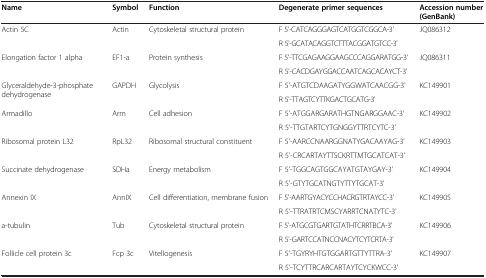
<table><thead><tr><td><b>Name</b></td><td><b>Symbol</b></td><td><b>Function</b></td><td><b>Degenerate primer sequences</b></td><td><b>Accession number (GenBank)</b></td></tr></thead><tbody><tr><td rowspan="2">Actin 5C</td><td rowspan="2">Actin</td><td rowspan="2">Cytoskeletal structural protein</td><td>F 5'-CATCAGGGAGTCATGGTCGGCA-3'</td><td rowspan="2">JQ086312</td></tr><tr><td>R 5'-GCATACAGGTCTTTACGGATGTCC-3'</td></tr><tr><td rowspan="2">Elongation factor 1 alpha</td><td rowspan="2">EF1-a</td><td rowspan="2">Protein synthesis</td><td>F 5'-TTCGAGAAGGAAGCCCAGGARATGG-3'</td><td rowspan="2">JQ086311</td></tr><tr><td>R 5'-CACDGAYGGACCAATCAGCACAYCT-3'</td></tr><tr><td rowspan="2">Glyceraldehyde-3-phosphate dehydrogenase</td><td rowspan="2">GAPDH</td><td rowspan="2">Glycolysis</td><td>F 5'-ATGTCDAAGATYGGWATCAACGG-3'</td><td rowspan="2">KC149901</td></tr><tr><td>R 5'-TTAGTCYTTKGACTGCATG-3'</td></tr><tr><td rowspan="2">Armadillo</td><td rowspan="2">Arm</td><td rowspan="2">Cell adhesion</td><td>F 5'-ATGGARGARATHGTNGARGGAAC-3'</td><td rowspan="2">KC149902</td></tr><tr><td>R 5'-TTGTARTCYTGNGGYTTRTCYTC-3'</td></tr><tr><td rowspan="2">Ribosomal protein L32</td><td rowspan="2">RpL32</td><td rowspan="2">Ribosomal structural constituent</td><td>F 5'-AARCCNAARGGNATYGACAAYAG-3'</td><td rowspan="2">KC149903</td></tr><tr><td>R 5'-CRCARTAYTTSCKRTTMTGCATCAT-3'</td></tr><tr><td rowspan="2">Succinate dehydrogenase</td><td rowspan="2">SDHa</td><td rowspan="2">Energy metabolism</td><td>F 5'-TGGCAGTGGCAYATGTAYGAY-3'</td><td rowspan="2">KC149904</td></tr><tr><td>R 5'-GTYTGCATNGTYTTYTGCAT-3'</td></tr><tr><td rowspan="2">Annexin IX</td><td rowspan="2">AnnIX</td><td rowspan="2">Cell differentiation, membrane fusion</td><td>F 5'-AARTGYACYCCHACRGTRTAYCC-3'</td><td rowspan="2">KC149905</td></tr><tr><td>R 5'-TTRATRTCMSCYARRTCNATYTC-3'</td></tr><tr><td rowspan="2">a-tubulin</td><td rowspan="2">Tub</td><td rowspan="2">Cytoskeletal structural protein</td><td>F 5'-ATGCGTGARTGTATHTCRRTBCA-3'</td><td rowspan="2">KC149906</td></tr><tr><td>R 5'-GARTCCATNCCNACYTCYTCRTA-3'</td></tr><tr><td rowspan="2">Follicle cell protein 3c</td><td rowspan="2">Fcp 3c</td><td rowspan="2">Vitellogenesis</td><td>F 5'-TGYRYHTGTGGARTGTTYTTRA-3'</td><td rowspan="2">KC149907</td></tr><tr><td>R 5'-TCYTTRCARCARTAYTCYCKWCC-3'</td></tr></tbody></table>